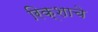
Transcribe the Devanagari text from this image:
रिक्शाचे